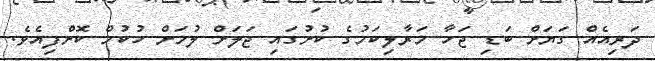
ދަރިއެއް ގަޔަށް ބަޑި ޖަހާ މަރާލިކަމުގެ ކުށުގައި ޖަލަށް ލުމަށް ހުކުމް ކޮށްފިއެވެ.